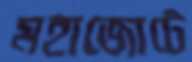
মহাজোটে